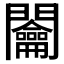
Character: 𨷲